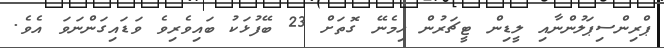
ޕްރިންސިޕަލުންނާއި ލީޑިން ޓީޗަރުން ހިމެނޭ ގޮތަށް 23 ބޭފުޅަކު ބައިވެރިވެ ވަޑައިގަންނަވަ އެވެ.